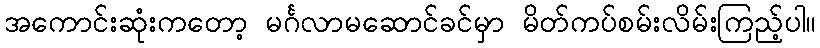
အကောင်းဆုံးကတော့ မင်္ဂလာမဆောင်ခင်မှာ မိတ်ကပ်စမ်းလိမ်းကြည့်ပါ။